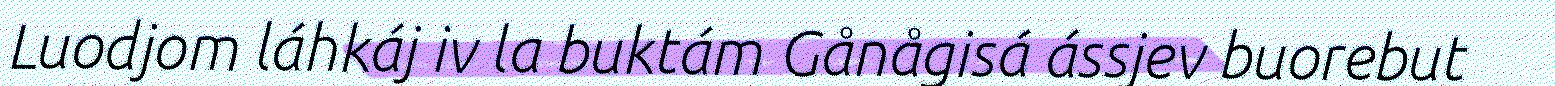
Luodjom láhkáj iv la buktám Gånågisá ássjev buorebut